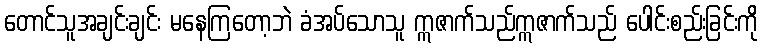
တောင်သူအချင်းချင်း မနေကြတော့ဘဲ ခံအပ်သောသူ ဣဇာက်သည်ဣဇာက်သည် ပေါင်းစည်းခြင်းကို